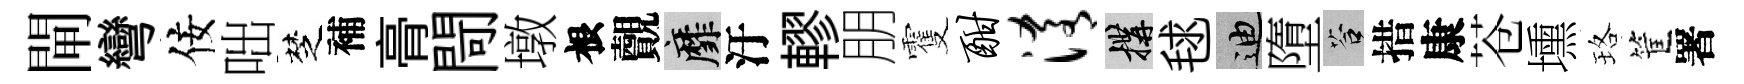
閘彎佞咄椘補𮌔閜墩根覿靡汙轇朋䨥酣淆構毬迪墮答措康苍壎珞筐署